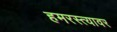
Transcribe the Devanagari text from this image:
हमरस्त्यावर